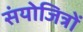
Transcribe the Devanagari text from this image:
संयोजित्रों